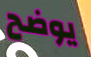
يوضح